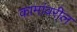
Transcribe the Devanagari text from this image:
कामांवरील